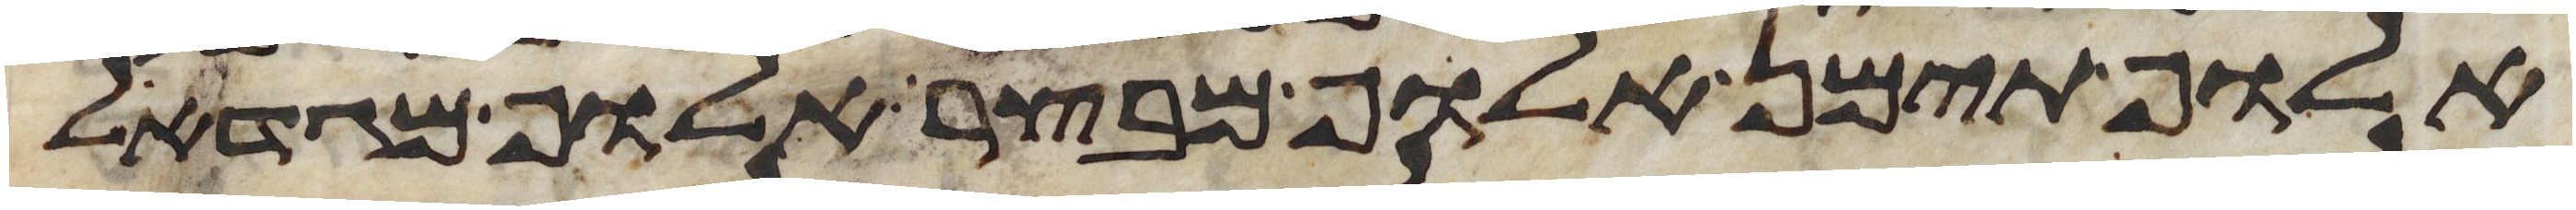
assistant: אלוף תימן אלוף מבצר אלוף מגדאל